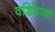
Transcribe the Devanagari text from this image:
वशिंडांचा